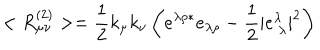
< R _ { \mu \nu } ^ { ( 2 ) } > = \frac { 1 } { 2 } k _ { \mu } k _ { \nu } \left( e ^ { \lambda \rho * } e _ { \lambda \rho } - \frac { 1 } { 2 } | e _ { \ \lambda } ^ { \lambda } | ^ { 2 } \right)